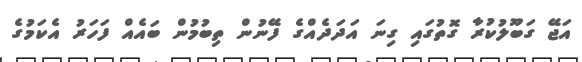
އަޖޭ ގަބޫލުކުރާ ގޮތުގައި ގިނަ އަދަދެއްގެ ފޭނުން ތިބުމުން ބައެއް ފަހަރު އެކަމުގެ